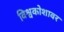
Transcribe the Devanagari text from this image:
विश्वकोशावर